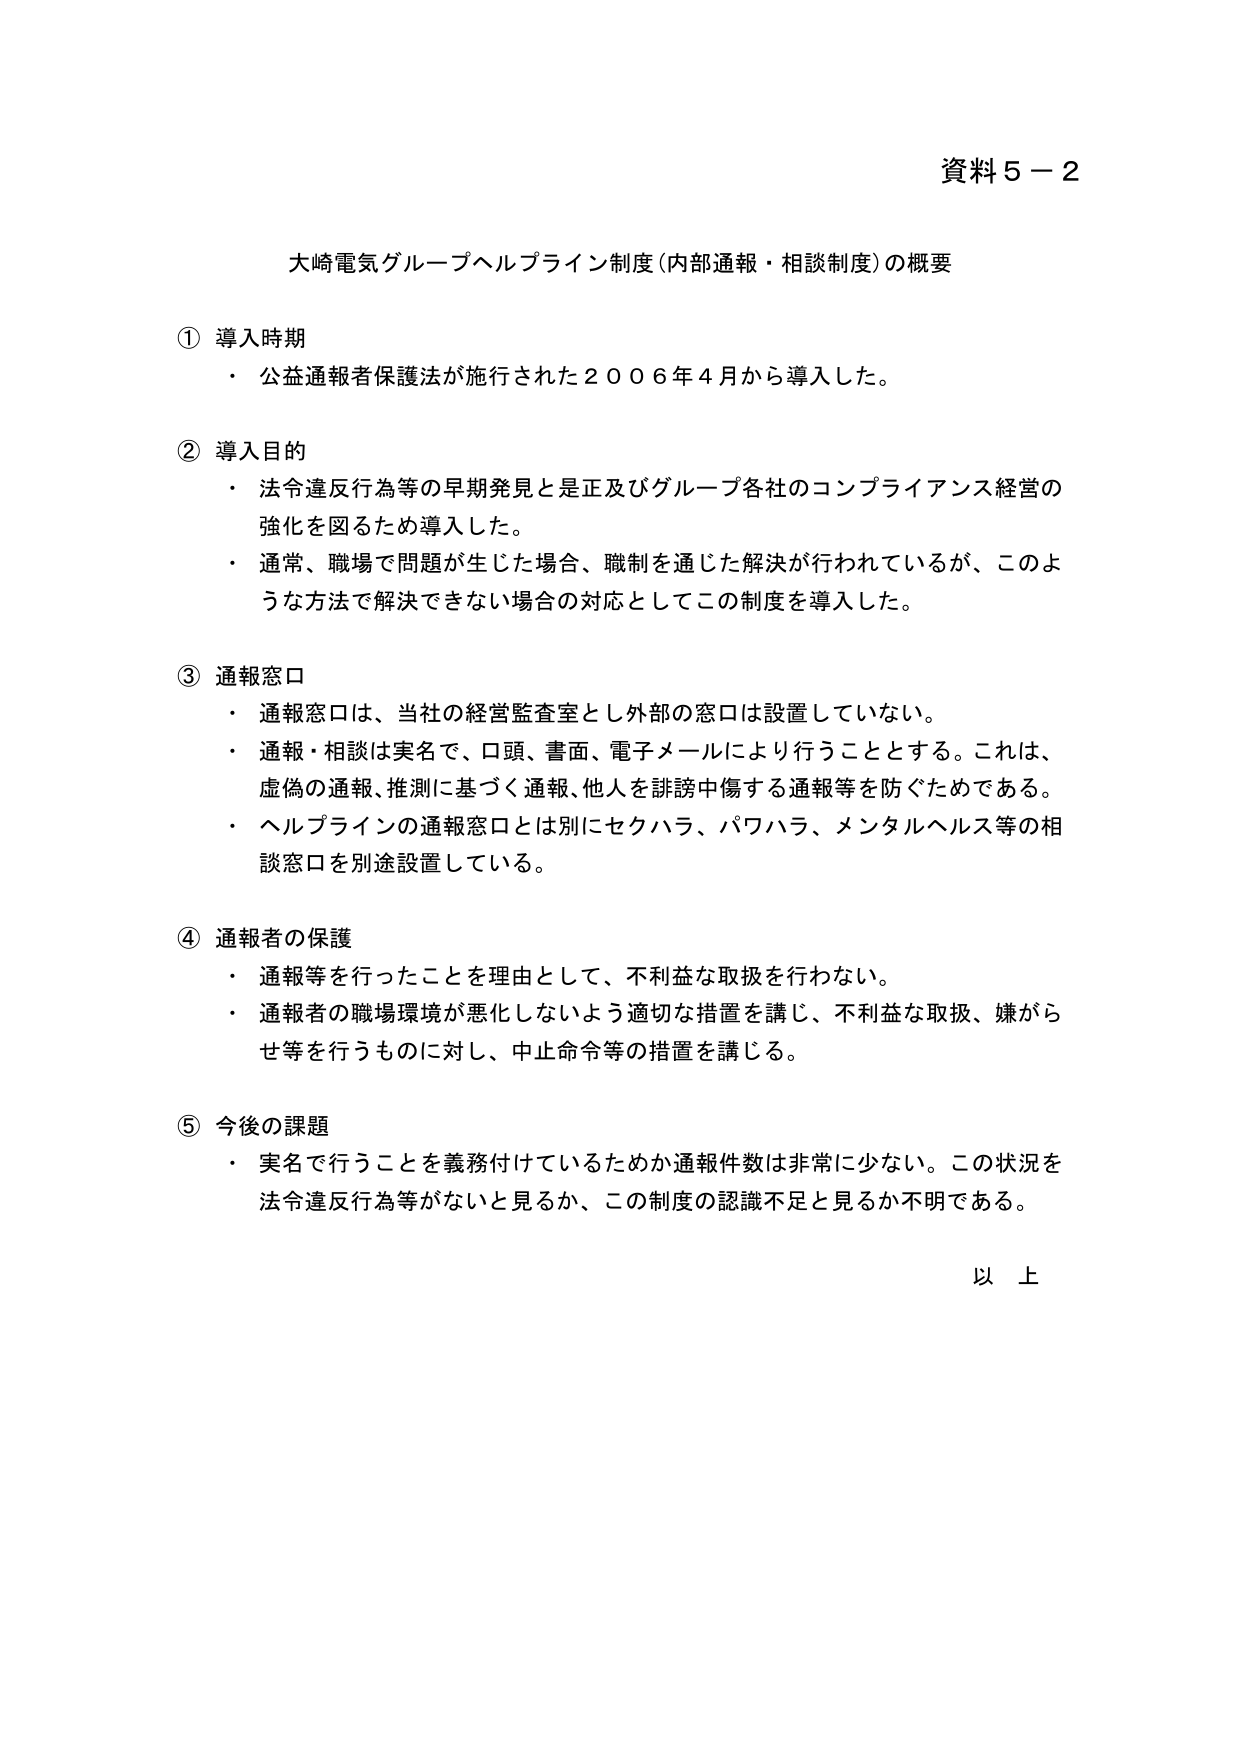
資料５－２

大崎電気グループヘルプライン制度（内部通報・相談制度）の概要

① 導入時期
・ 公益通報者保護法が施行された２００６年４月から導入した。

② 導入目的
・ 法令違反行為等の早期発見と是正及びグループ各社のコンプライアンス経営の強化を図るため導入した。
・ 通常、職場で問題が生じた場合、職制を通じた解決が行われているが、このような方法で解決できない場合の対応としてこの制度を導入した。

③ 通報窓口
・ 通報窓口は、当社の経営監査室とし外部の窓口は設置していない。
・ 通報・相談は実名で、口頭、書面、電子メールにより行うこととする。これは、虚偽の通報、推測に基づく通報、他人を誹謗中傷する通報等を防ぐためである。
・ ヘルプラインの通報窓口とは別にセクハラ、パワハラ、メンタルヘルス等の相談窓口を別途設置している。

④ 通報者の保護
・ 通報等を行ったことを理由として、不利益な取扱を行わない。
・ 通報者の職場環境が悪化しないよう適切な措置を講じ、不利益な取扱、嫌がらせ等を行うものに対し、中止命令等の措置を講じる。

⑤ 今後の課題
・ 実名で行うことを義務付けているためか通報件数は非常に少ない。この状況を法令違反行為等がないと見るか、この制度の認識不足と見るか不明である。

以上